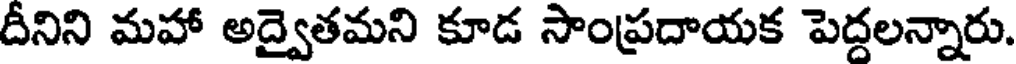
దీనిని మహా అద్వైతమని కూడ సాంప్రదాయక పెద్దలన్నారు.